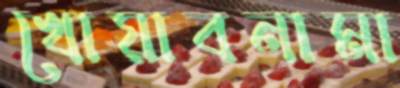
খোয়াবনামা